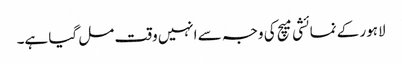
لاہور کے نمائشی میچ کی وجہ سے انہیں وقت مل گیا ہے۔